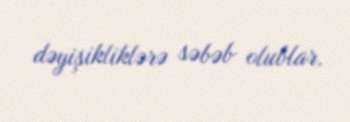
dəyişikliklərə səbəb olublar.